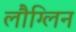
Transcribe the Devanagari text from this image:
लौग्लिन